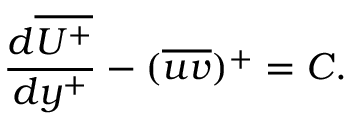
\frac { d \overline { { U ^ { + } } } } { d y ^ { + } } - ( \overline { { u v } } ) ^ { + } = C .